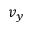
v _ { y }